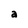
Character: a